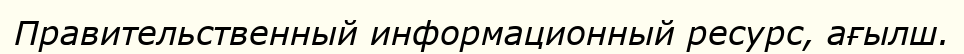
Правительственный информационный ресурс, ағылш.